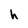
Character: h